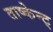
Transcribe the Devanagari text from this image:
ताष्केन्ट्